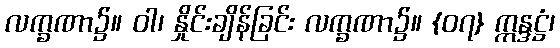
လက္ခဏာ၌။ ဝါ၊ နှိုင်းချိန်ခြင်း လက္ခဏာ၌။ {၀၇} ဣန္ဒဋ္ဌံ၊